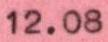
12.08